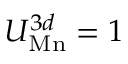
U _ { \mathrm { M n } } ^ { 3 d } = 1